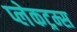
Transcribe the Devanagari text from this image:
प्लेकट्रम्स